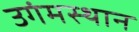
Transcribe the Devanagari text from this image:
उगंमस्थान